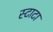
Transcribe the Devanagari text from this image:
स्टाटा